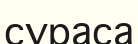
сұраса